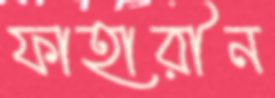
ফাহারীন